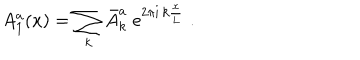
A _ { 1 } ^ { a } ( x ) = \sum _ { k } \bar { A } _ { k } ^ { a } \; \mathrm { e } ^ { 2 \pi \mathrm { i } \, k \frac { x } { L } } \; .